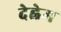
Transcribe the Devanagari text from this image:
देह्लेम